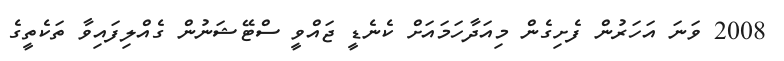
2008 ވަނަ އަހަރުން ފެށިގެން މިއަދާހަމައަށް ކެނެޑީ ޖައްވީ ސްޓޭޝަނުން ގެއްލިފައިވާ ތަކެތީގެ